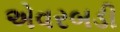
એવરબડી